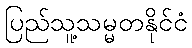
ပြည်သူ့သမ္မတနိုင်ငံ